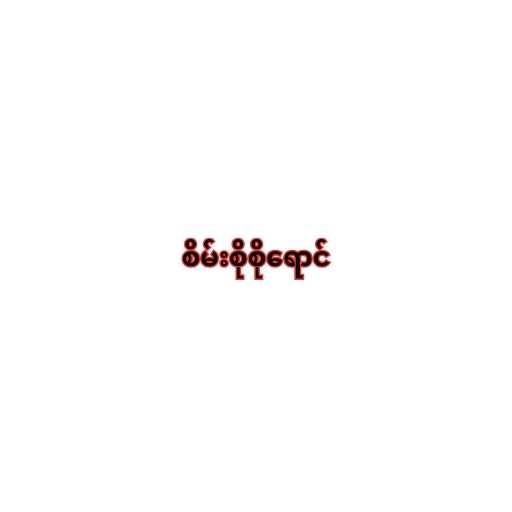
စိမ်းစိုစိုရောင်